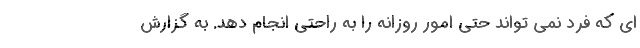
ای که فرد نمی تواند حتی امور روزانه را به راحتی انجام دهد. به گزارش